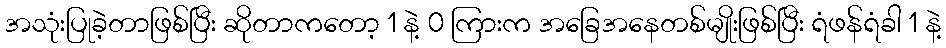
အသုံးပြုခဲ့တာဖြစ်ပြီး ဆိုတာကတော့ 1 နဲ့ 0 ကြားက အခြေအနေတစ်မျိုးဖြစ်ပြီး ရံဖန်ရံခါ 1 နဲ့